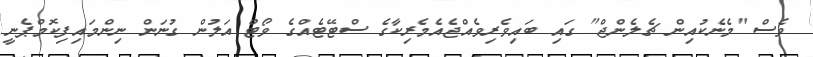
ވެސް "މެނެކުއިން ޗެލެންޖް" ގައި ބައިވެރިވެއްޖެއެމެރިކާގެ ސްޓޭޓެއްގެ ވޯޓް އަލުން ގުނަން ނިންމައިފިކޮމްޕެނީ